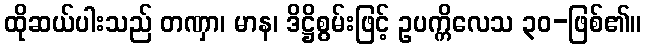
ထိုဆယ်ပါးသည် တဏှာ၊ မာန၊ ဒိဋ္ဌိစွမ်းဖြင့် ဥပက္ကိလေသ ၃၀-ဖြစ်၏။